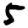
Digit: 5